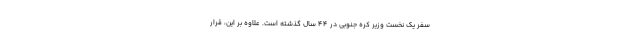
سفر یک نخست وزیر کره جنوبی در ۴۴ سال گذشته است. علاوه بر این، قرار